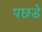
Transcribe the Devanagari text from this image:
पछडे